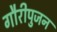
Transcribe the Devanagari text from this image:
गौरीपुजन